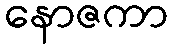
နောဇကာ